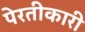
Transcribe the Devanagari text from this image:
पेरतीकारी